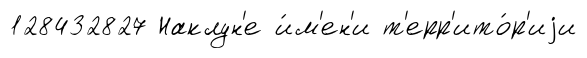
128432827 Наклун'е и́м'ен'и т'ерр'ито́р'иjи